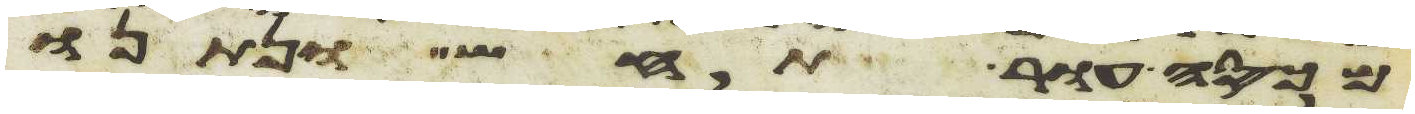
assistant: מכסה עור תחש ונתנו